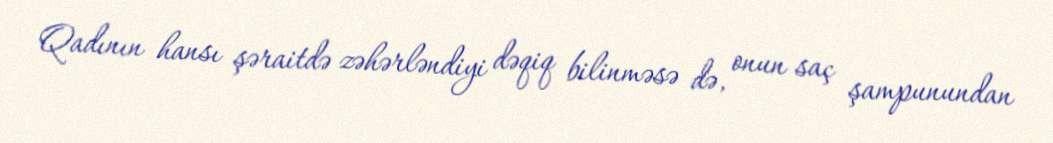
Qadının hansı şəraitdə zəhərləndiyi dəqiq bilinməsə də, onun saç şampunundan